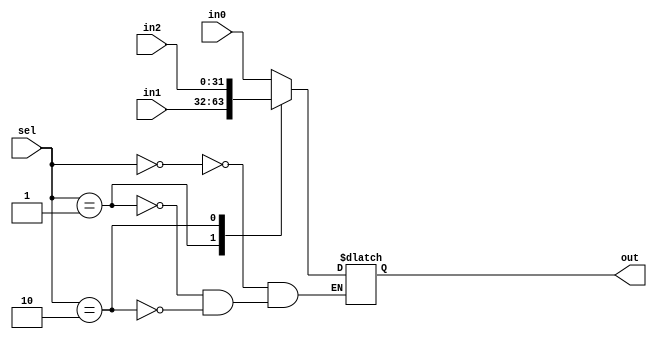
module mux32_3to1 (out, in0, in1, in2, sel);
  	output reg  [31:0] out;
	input [31:0] in0;
	input [31:0] in1;
	input [31:0] in2;
  	input [1:0] sel;

  	always @(sel)
		 begin
			case (sel)
				2'b00: out = in0;
				2'b01: out = in1;
				2'b10: out = in2;
			endcase
		 end
endmodule